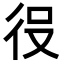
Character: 𭛠